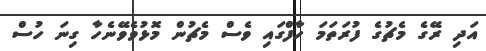
އަދި ރޭގެ މެޗުގެ ފުރަތަމަ ހާފްގައި ވެސް މެޗުން މޮޅުވެވޭނެހާ ގިނަ ހުސް